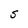
Character: S